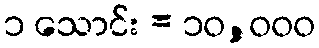
၁ သောင်း = ၁၀,၀၀၀